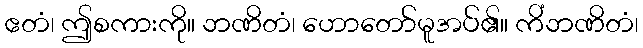
ဧတံ၊ ဤစကားကို။ ဘဏိတံ၊ ဟောတော်မူအပ်၏။ ကိံဘဏိတံ၊